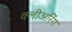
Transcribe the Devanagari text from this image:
क्लीअरिंग